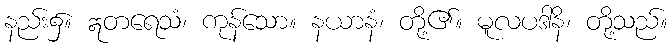
နည်း၌။ ဣတရေသံ၊ ကုန်သော။ နယာနံ၊ တို့၏။ မူလပဒါနိ၊ တို့သည်။